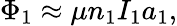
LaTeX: \Phi_{1}\approx\mu n_{1}I_{1}a_{1},